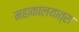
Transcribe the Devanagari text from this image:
महाकालयात्रा